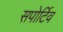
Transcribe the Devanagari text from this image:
सपोर्टिव